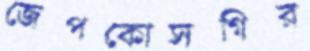
জেপকোসগির